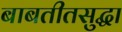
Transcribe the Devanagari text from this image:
बाबतीतसुद्धा